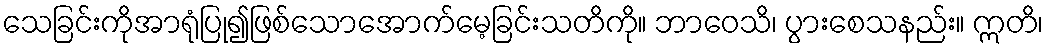
သေခြင်းကိုအာရုံပြု၍ဖြစ်သောအောက်မေ့ခြင်းသတိကို။ ဘာဝေသိ၊ ပွားစေသနည်း။ ဣတိ၊